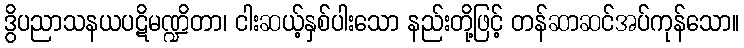
ဒွိပညာသနယပဋိမဏ္ဍိတာ၊ ငါးဆယ့်နှစ်ပါးသော နည်းတို့ဖြင့် တန်ဆာဆင်အပ်ကုန်သော။